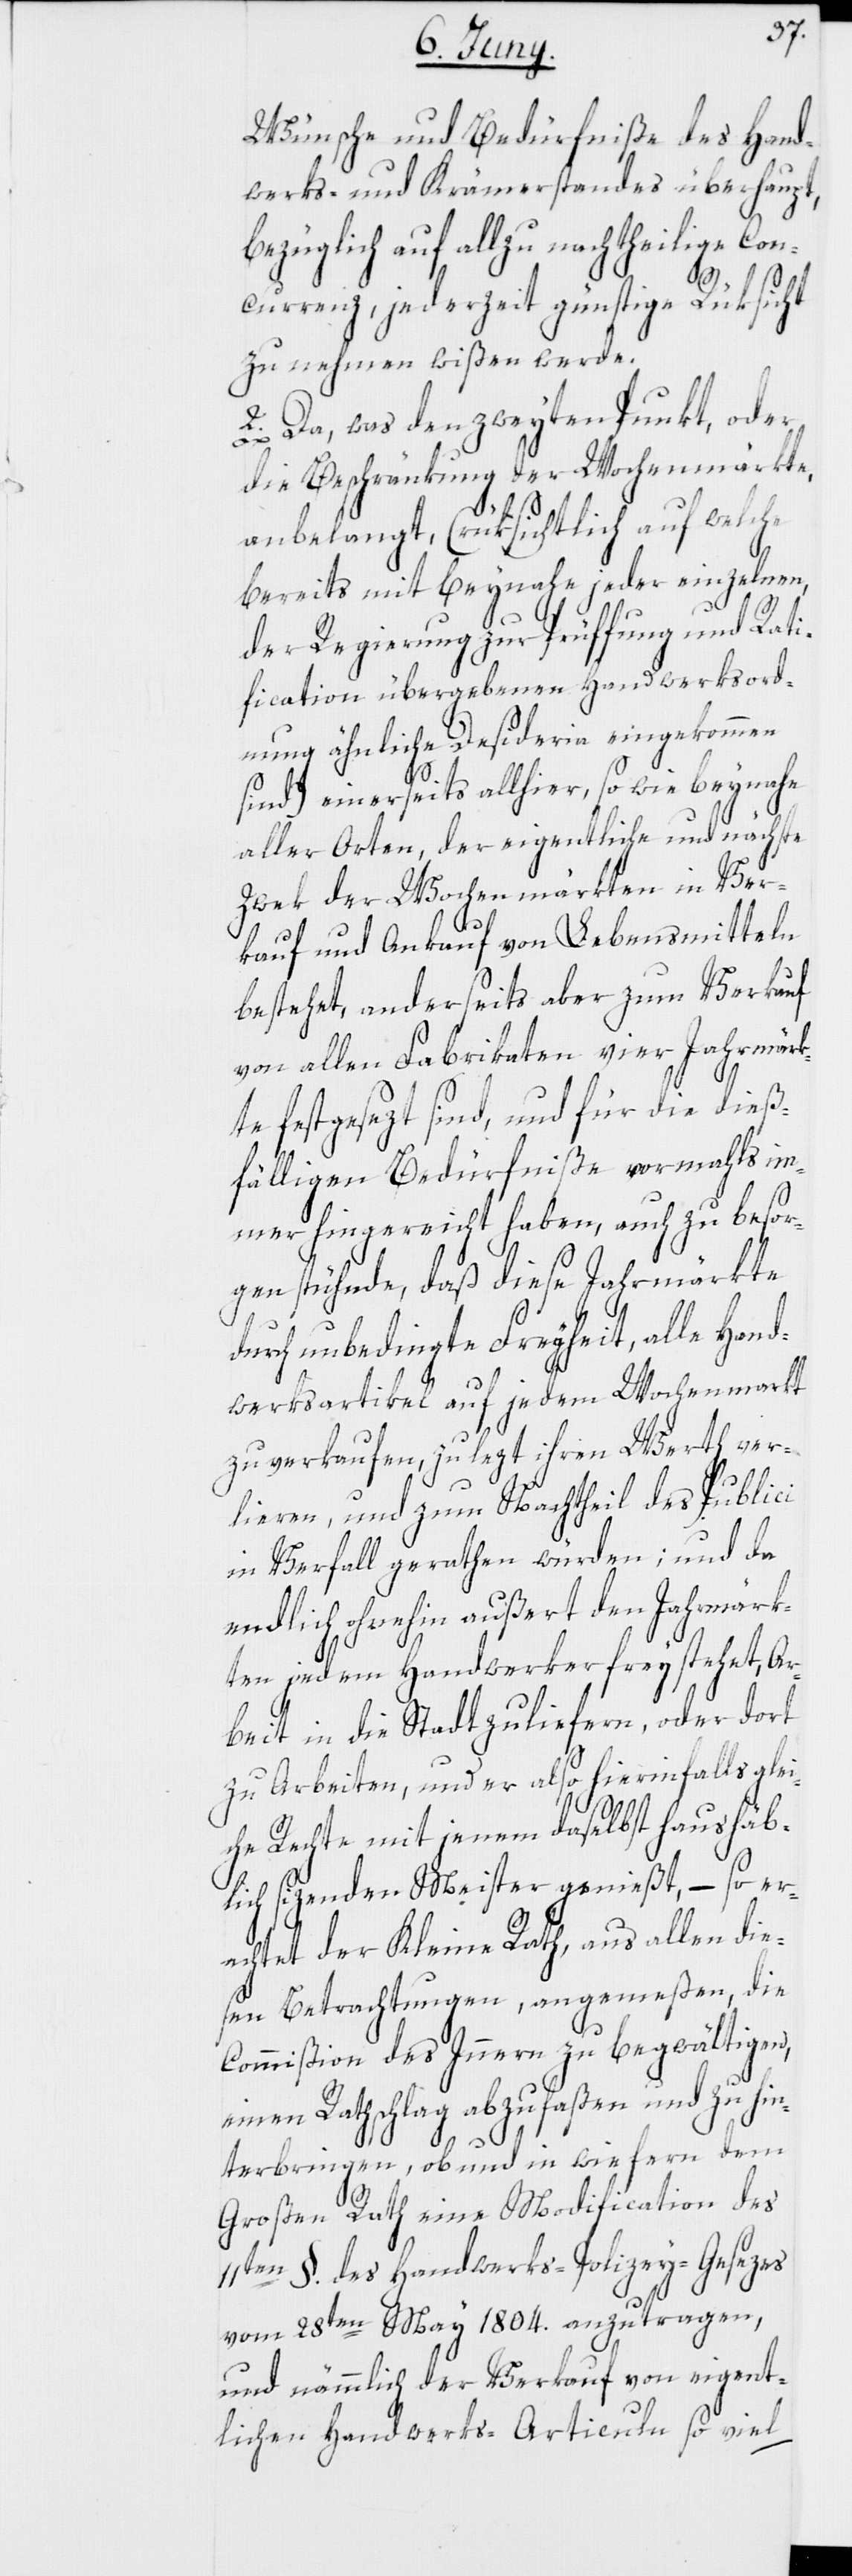
Wünsche und Bedürfniße des Hand¬
werks- und Krämerstandes überhaupt,
bezüglich auf allzu nachtheilige Con¬
currenz, jederzeit günstige Rüksicht
zu nehmen wißen werde.
2. Da, was den zweyten Punkt, oder
die Beschränkung der Wochenmärkte,
anbelangt, (rüksichtlich auf welche
bereits mit beynahe jeder einzelnen,
der Regierung zur Prüffung und Rati¬
fication übergebenen Handwerksord¬
nung ähnliche Desideria eingekommen
sind) einerseits allhier, so wie beynahe
aller Orten, der eigentliche und nächste
Zwek der Wochenmärkten in Ver¬
kauf und Ankauf von Lebensmitteln
bestehet, anderseits aber zum Verkauf
von allen Fabrikaten vier Jahrmärk¬
te festgesezt sind, und für die dieß¬
fälligen Bedürfniße vormahls im¬
mer hingereicht haben, auch zu besor¬
gen stühnde, daß diese Jahrmärkte
durch unbedingte Freyheit, alle Hand¬
werksartikel auf jedem Wochenmarkt
zu verkaufen, zulezt ihren Werth ver¬
lieren, und zum Nachtheil des Publici
in Verfall gerathen würden; und da
endlich ohnehin außert den Jahrmärk¬
ten jedem Handwerker freystehet, Ar¬
beit in die Stadt zu liefern, oder dort
zu Arbeiten, und er also hierinfalls glei¬
che Rechte mit jenem daselbst haushäb¬
lich sizenden Meister genießt, – so er¬
achtet der Kleine Rath, aus allen dies¬
en Betrachtungen, angemeßen, die
Commißion des Innern zu begwältigen,
einen Rathschlag abzufaßen und zu hin¬
terbringen, ob und in wie fern dem
Großen Rath eine Modification des
11ten §. des Handwerks-Polizey-Gesezes
vom 28ten May 1804. anzutragen,
und nämmlich der Verkauf von eigent¬
lichen Handwerks-Articuln so viel